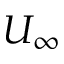
U _ { \infty }